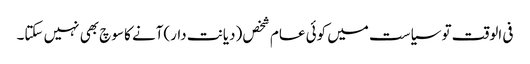
فی الوقت تو سیاست میں کوئی عام شخص (دیانت دار)آنے کا سوچ بھی نہیں سکتا۔